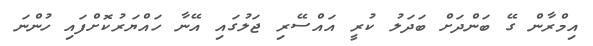
އިމްރާން ގޭ ބަންދަށް ބަދަލު ކުރީ އައްސޭރި ޖަލުގައި އޭނާ ހައްޔަރުކޮށްފައި ހުންނަ